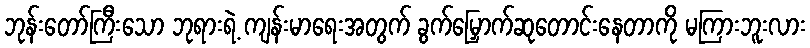
ဘုန်းတော်ကြီးသော ဘုရားရဲ့ ကျန်းမာရေးအတွက် ခွက်မြှောက်ဆုတောင်းနေတာကို မကြားဘူးလား